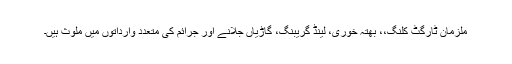
ملزمان ٹارگٹ کلنگ،، بھتہ خوری، لینڈ گریبنگ، گاڑیاں جلانے اور جرائم کی متعدد وارداتوں میں ملوث ہیں۔